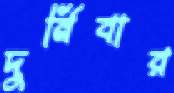
দুর্নিবার